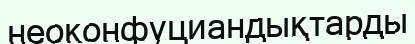
неоконфуциандықтарды